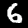
Digit: 6